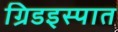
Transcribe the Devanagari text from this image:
ग्रिडइस्पात